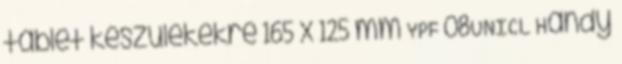
tablet készülékekre 165 x 125 mm YPF 08UNICL Handy